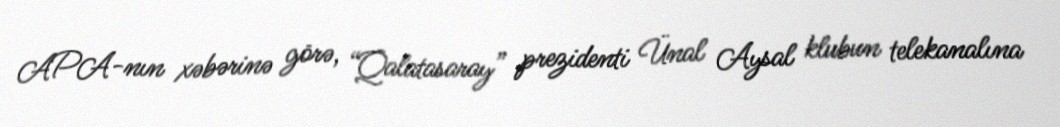
APA-nın xəbərinə görə, “Qalatasaray” prezidenti Ünal Aysal klubun telekanalına